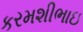
કરમશીભાઇ